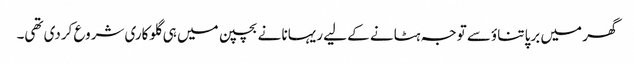
گھر میں برپا تناؤسے توجہ ہٹانے کے لیے ریہانا نے بچپن میں ہی گلوکاری شروع کردی تھی۔